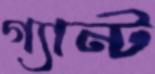
গ্যান্ট